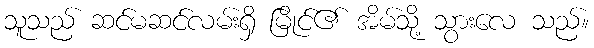
သူသည် ဆင်မဆင်လမ်းရှိ မြိုင်၏ အိမ်သို့ သွားလေ သည်။